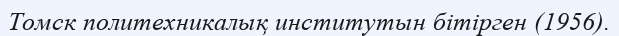
Томск политехникалық институтын бітірген (1956).